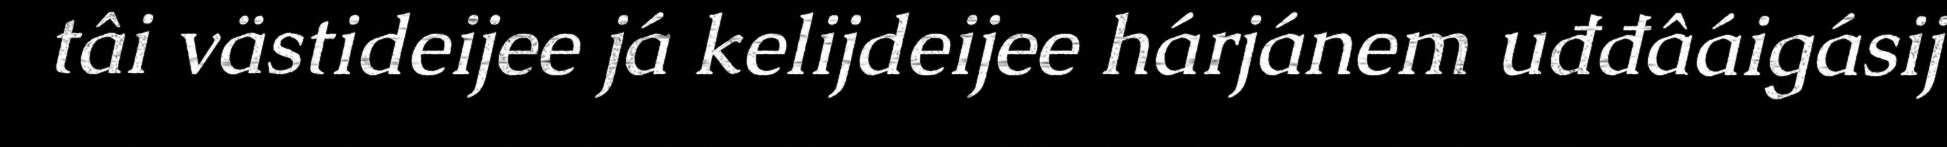
tâi västideijee já kelijdeijee hárjánem uđđâáigásij